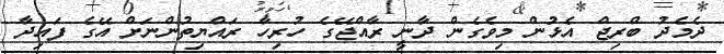
ދެމެދު ބްރިޖް އެޅުން މިވެގެން ދާނީ ރާއްޖޭގެ ހުރިހާ ރައްޔިތުންނަށް އޭގެ ފައިދާ